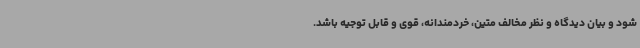
شود و بیان دیدگاه و نظر مخالف متین، خردمندانه، قوی و قابل توجیه باشد.